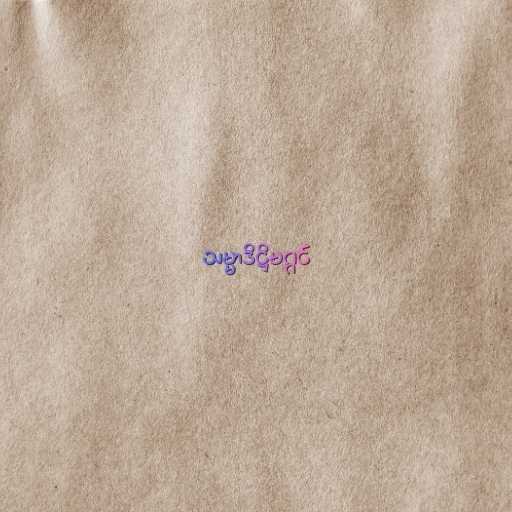
သမ္မာဒိဋ္ဌိမဂ္ဂင်